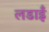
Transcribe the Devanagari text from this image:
लडाइँ